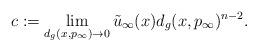
LaTeX: \begin{align*}c := \lim_{d_g(x,p_\infty) \rightarrow 0} \tilde u_\infty(x) d_g(x,p_\infty)^{n-2} .\end{align*}